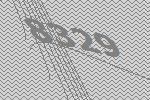
8329